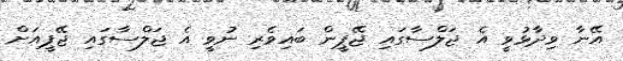
އޭނާ ވިދާޅުވީ އެ ޖަލްސާގައި ޖޭޕީން ބައިވެރި ނުވީ އެ ޖަލްސާގައި ޖޭޕީއަށް